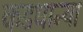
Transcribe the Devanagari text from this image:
कडधान्या